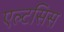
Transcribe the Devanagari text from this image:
एल्टसिस